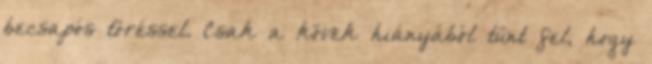
becsapós töréssel. Csak a kövek hiányából tűnt fel, hogy